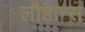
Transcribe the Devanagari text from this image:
लौहान्स